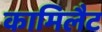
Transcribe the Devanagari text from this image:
कामिलैट